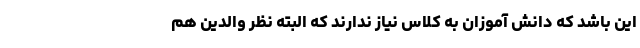
این باشد که دانش آموزان به کلاس نیاز ندارند که البته نظر والدین هم